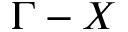
\Gamma - X